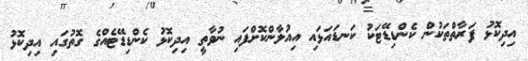
އިދިކޮޅު ފަރާތްތަކުން ކެންޑިޑޭޓަކު ކަނޑައަޅައި އިއުލާންކޮށްފައި ނުވާތީ އިދިކޮޅު ކެންޑިޑޭޓެއްގެ ގޮތުގައި އިދިކޮޅު